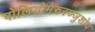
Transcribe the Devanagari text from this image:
पोलियोमेरुरज्जुशोथ